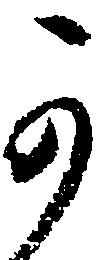
可